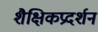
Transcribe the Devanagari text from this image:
शैक्षिकप्रदर्शन